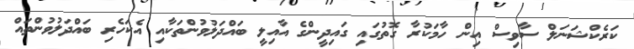
ކަރެކްޝަނަލް ސާވިސް އިން ހާމަކުރާ ގޮތުގައި ގައިދީންގެ އާއިލީ ބައްދަލުވުންތަކާއި އެކަހެރި ބައްދަލުވުންތައް